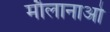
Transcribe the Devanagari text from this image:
मौलानाओ